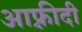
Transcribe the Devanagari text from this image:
आफ़्रीदी